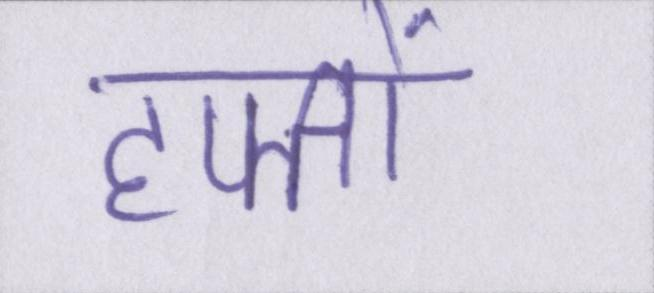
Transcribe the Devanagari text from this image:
हफ्तों